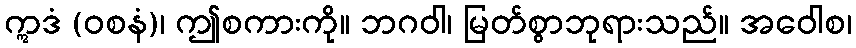
ဣဒံ (ဝစနံ)၊ ဤစကားကို။ ဘဂဝါ၊ မြတ်စွာဘုရားသည်။ အဝေါစ၊